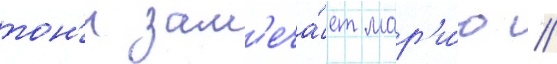
тон'и зам'еча́ет мар'и́ю //